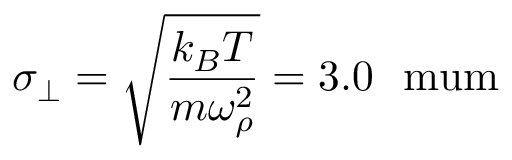
\sigma _ { \perp } = \sqrt { \frac { k _ { B } T } { m \omega _ { \rho } ^ { 2 } } } = 3 . 0 ~ \mathrm { { \ m u m } }